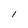
Character: l